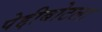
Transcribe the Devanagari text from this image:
पेद्दीबोटला